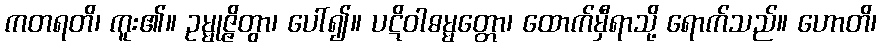
ကတရတိ၊ ကူး၏။ ဥမ္မုဇ္ဇိတွာ၊ ပေါ်၍။ ပဋိဝါဓမ္မတ္တော၊ ထောက်မှီရာသို့ ရောက်သည်။ ဟောတိ၊